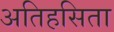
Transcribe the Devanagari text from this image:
अतिहसिता